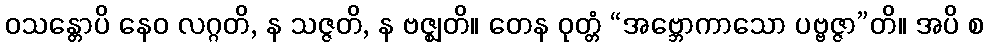
ဝသန္တောပိ နေဝ လဂ္ဂတိ, န သဇ္ဇတိ, န ဗဇ္ဈတိ။ တေန ဝုတ္တံ “အဗ္ဘောကာသော ပဗ္ဗဇ္ဇာ”တိ။ အပိ စ